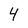
Character: 4